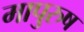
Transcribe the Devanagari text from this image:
मापुरुष